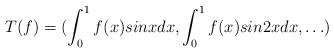
LaTeX: \begin{align*}T(f) = (\int_0^1f(x)sinxdx, \int_0^1 f(x) sin2x dx,\ldots)\end{align*}